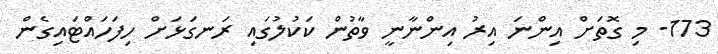
173- މި ގޮތަށް އިންނަ އިރު އިންނާނީ ވާތުން ކަކުލުގައި ރަނގަޅަށް ހިފަހައްޓައިގެން